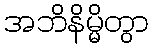
အဘိနိမ္မိတွာ